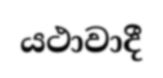
යථාවාදී